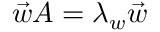
\vec { w } A = \lambda _ { w } \vec { w }